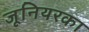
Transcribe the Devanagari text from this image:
जूनियरका